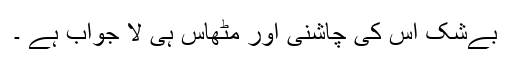
بےشک اس کی چاشنی اور مٹھاس ہی لا جواب ہے ۔